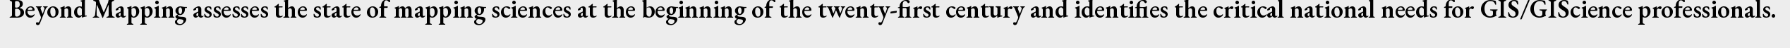
Beyond Mapping assesses the state of mapping sciences at the beginning of the twenty-first century and identifies the critical national needs for GIS/GIScience professionals.